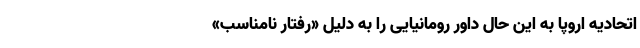
اتحادیه اروپا به این حال داور رومانیایی را به دلیل «رفتار نامناسب»